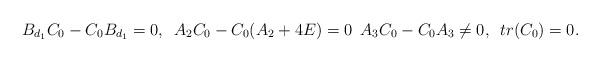
LaTeX: \begin{align*}B_{d_{1}}C_{0}-C_{0}B_{d_{1}}=0,\,\,\, A_{2}C_{0}-C_{0}(A_{2}+4E)=0\,\,\, A_{3}C_{0}-C_{0}A_{3}\neq0,\,\,\, tr(C_{0})=0.\end{align*}